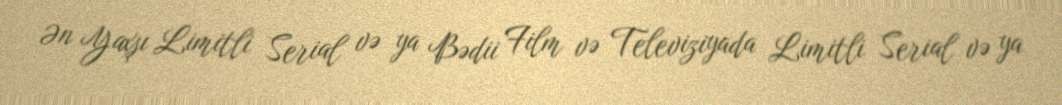
Ən Yaxşı Limitli Serial və ya Bədii Film və Televiziyada Limitli Serial və ya